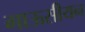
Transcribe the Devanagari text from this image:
गाऊसीयन